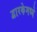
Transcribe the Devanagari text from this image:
द्वारकेमध्ये